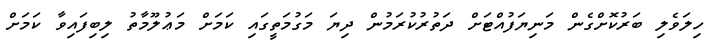
ހިލަވެލި ބަރުކޮށްގެން މަނިޔަފުއްޓަށް ދަތުރުކުރަމުން ދިޔަ މަގުމަތީގައި ކަމަށް މަޢުލޫމާތު ލިބިފައިވާ ކަމަށް